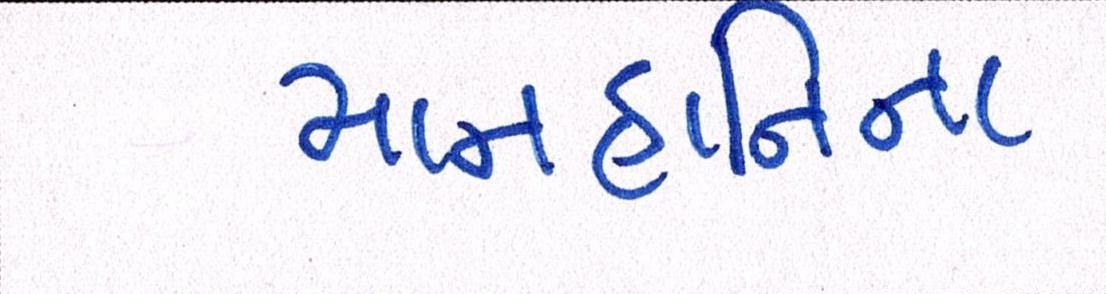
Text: માનહાનિના